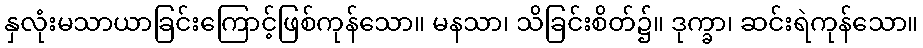
နှလုံးမသာယာခြင်းကြောင့်ဖြစ်ကုန်သော။ မနသာ၊ သိခြင်းစိတ်၌။ ဒုက္ခာ၊ ဆင်းရဲကုန်သော။